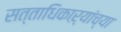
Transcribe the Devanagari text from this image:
सत्ताधिकाऱ्यांच्या